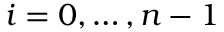
i = 0 , \ldots , n - 1